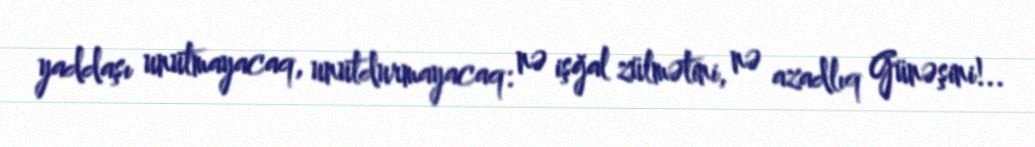
yaddaşı unutmayacaq, unutdurmayacaq: nə işğal zülmətini, nə azadlıq Günəşini!..